Lunatic asylums Central Provinces reports 1895-1909 - 1895-1909
Year: 1895
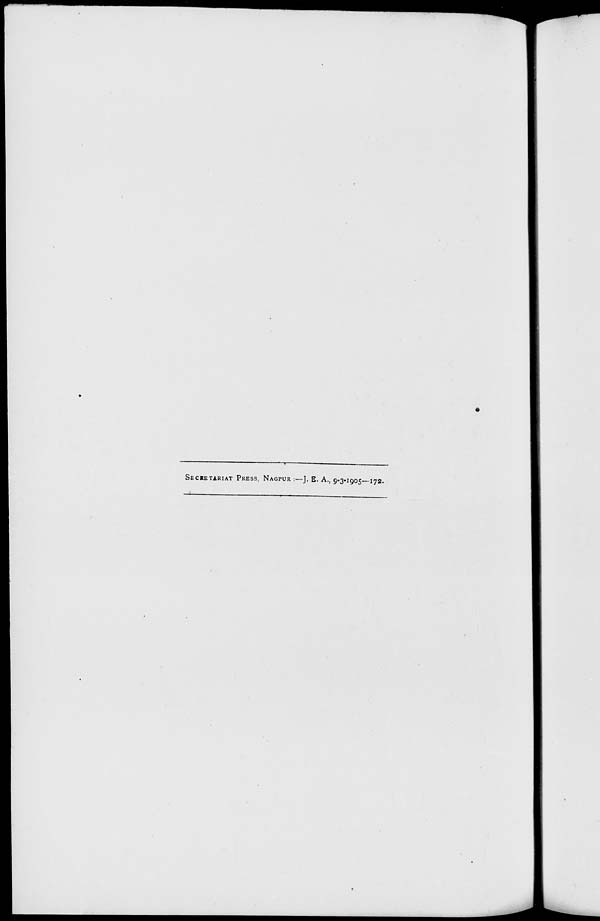
SECRETARIAT PRESS, NAGPUR :—J. E. A., 9-3-1905—172.